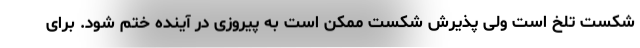
شکست تلخ است ولی پذیرش شکست ممکن است به پیروزی در آینده ختم شود. برای